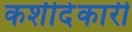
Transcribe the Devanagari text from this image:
कशीदेकारी